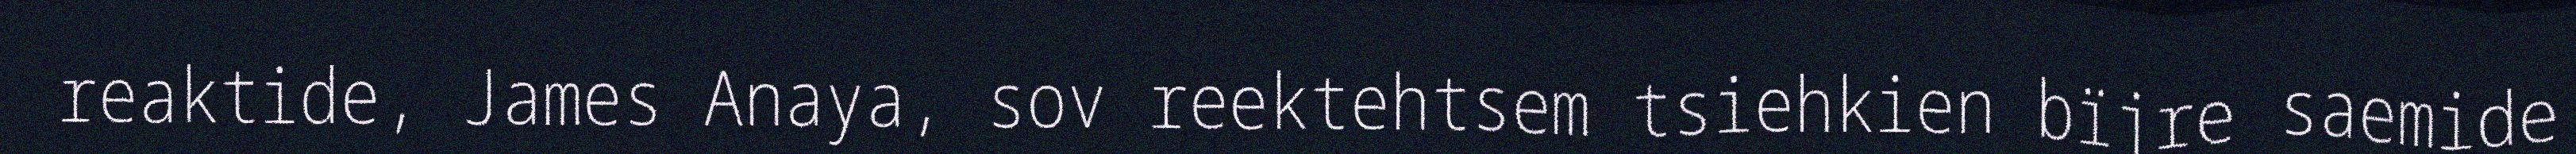
reaktide, James Anaya, sov reektehtsem tsiehkien bïjre saemide